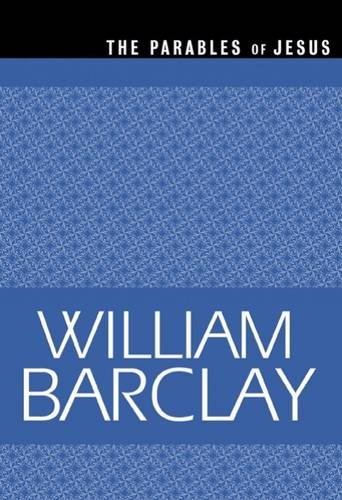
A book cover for The Parables of Jesus (The William Barclay Library); William Barclay; Christian Books & Bibles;